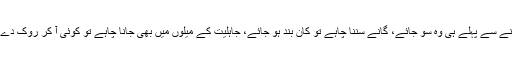
باقی اگر کوئی بھی شخص کوئی برا کام کرنا چاہے اور اس کے کرنے سے پہلے ہی وہ سو جائے، گانے سننا چاہے تو کان بند ہو جائے، جاہلیت کے میلوں میں بھی جانا چاہے تو کوئی آ کر روک دے تو اس میں ایسے شخص کے کردار کی عظمت کہاں سے نکل آئی؟